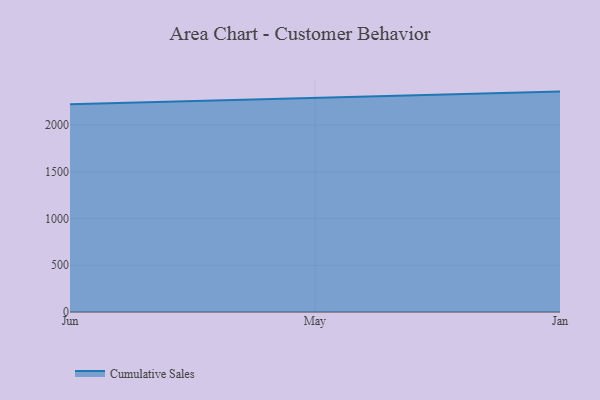
{"axis": {"x": "Month", "y": "Population (Million)"}, "legend": ["Cumulative Sales"], "data": [{"x": "Jun", "y": 2224.7, "type": "Cumulative Sales"}, {"x": "May", "y": 2290.9, "type": "Cumulative Sales"}, {"x": "Jan", "y": 2359.2, "type": "Cumulative Sales"}]}